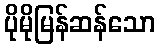
ပိုမိုမြန်ဆန်သော